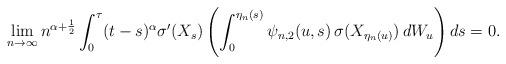
LaTeX: \begin{align*} \lim_{n\rightarrow \infty} n^{\alpha+\frac 12} \int_0^{\tau} (t-s)^\alpha\sigma'(X_s) \left( \int^{\eta_n(s)}_0 \psi_{n,2}(u,s)\, \sigma(X_{\eta_n(u)})\, dW_u \right) ds=0. \end{align*}